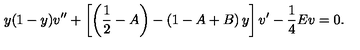
y ( 1 - y ) v ^ { \prime \prime } + \left[ \left( { \frac { 1 } { 2 } } - A \right) - \left( 1 - A + B \right) y \right] v ^ { \prime } - { \frac { 1 } { 4 } } E v = 0 .